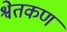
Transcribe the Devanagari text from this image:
श्वेतकण